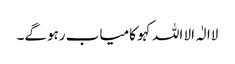
لاالٰہ الا اللہ کہو کامیاب رہوگے۔